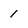
Character: 1